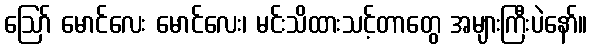
ဪ မောင်လေး မောင်လေး၊ မင်းသိထားသင့်တာတွေ အများကြီးပဲနော်။